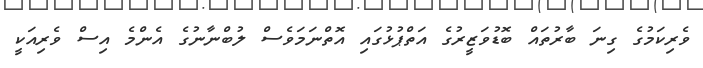
ވެރިކަމުގެ ގިނަ ބާރުތައް ބޮޑުވަޒީރުގެ އަތްޕުޅުގައި އޮތްނަމަވެސް ލުބްނާނުގެ އެންމެ އިސް ވެރިއަކީ